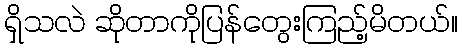
ရှိသလဲ ဆိုတာကိုပြန်တွေးကြည့်မိတယ်။